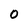
Character: O